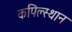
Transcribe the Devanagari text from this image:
कपिल्स्थान